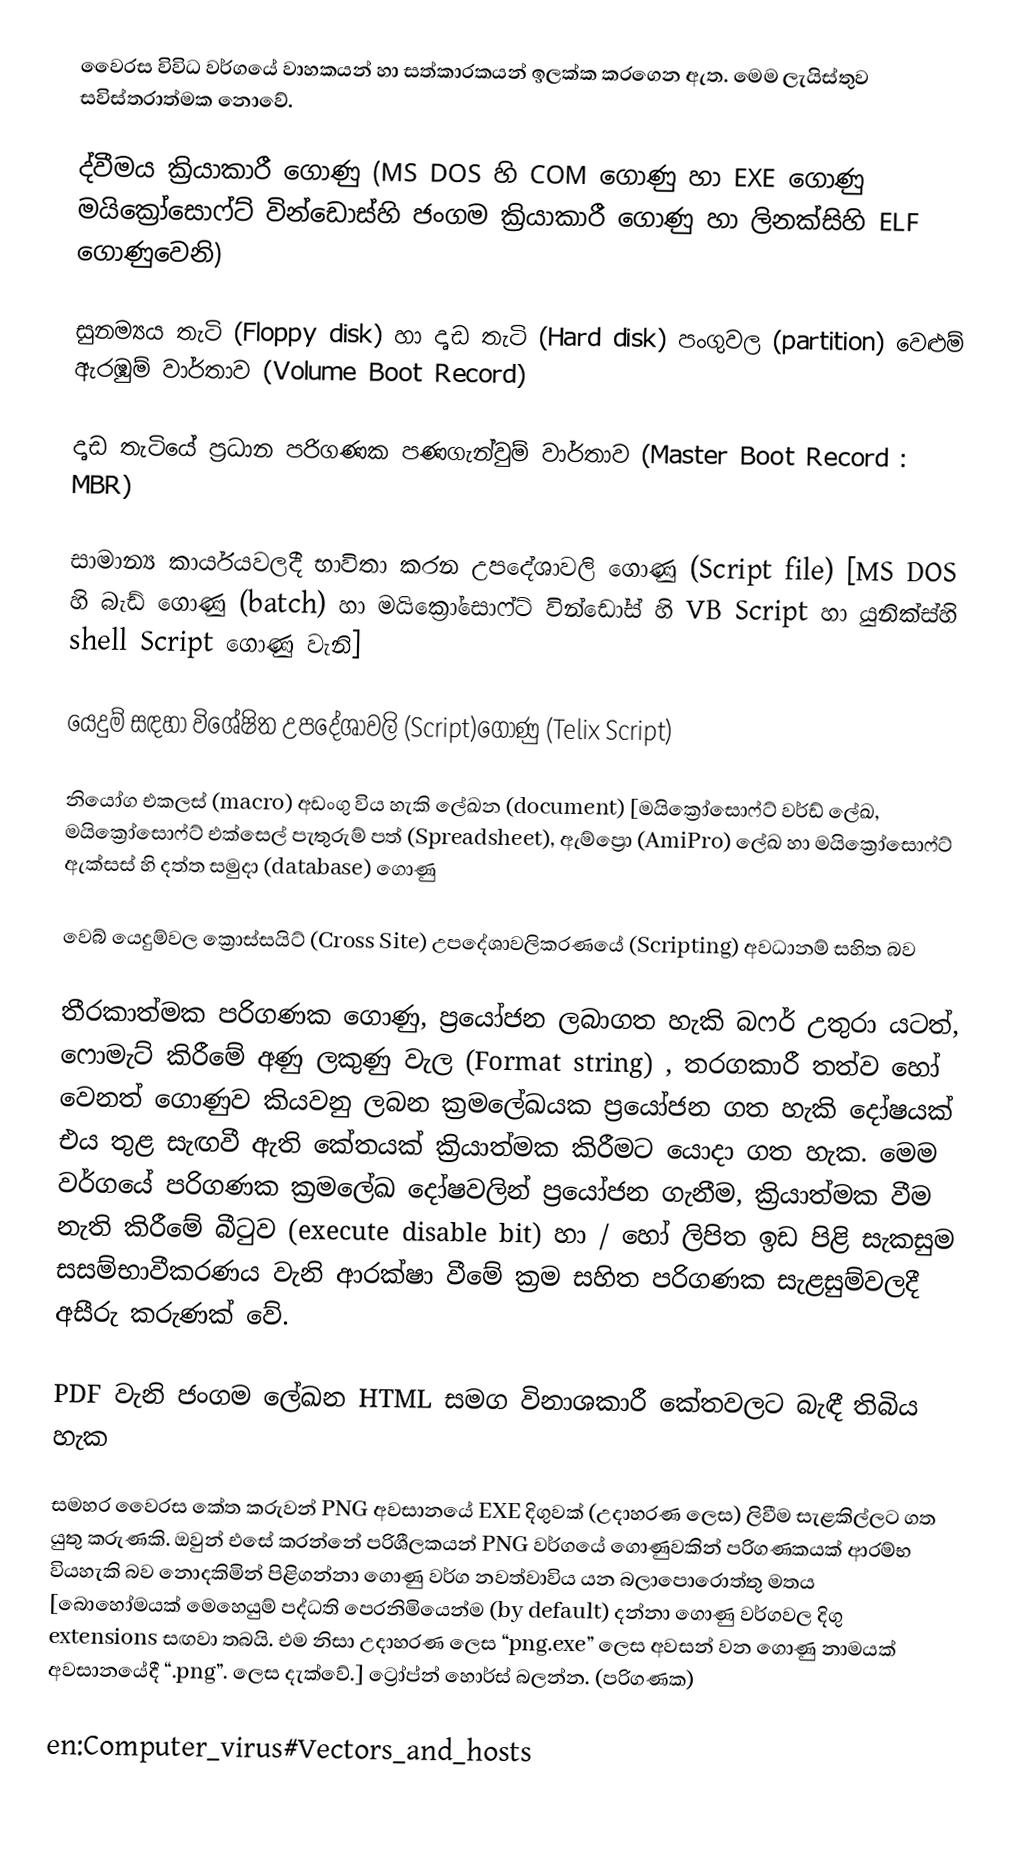
වෛරස විවිධ වර්ගයේ වාහකයන් හා සත්කාරකයන් ඉලක්ක කරගෙන ඇත. මෙම ලැයිස්තුව සවිස්තරාත්මක නොවේ.

	ද්වීමය ක්‍රියාකාරී ගොණු (MS DOS හි COM ගොණු හා EXE ගොණු මයික්‍රෝසොෆ්ට් වින්ඩොස්හි ජංගම ක්‍රියාකාරී ගොණු හා ලිනක්සිහි  ELF ගොණුවෙනි)

	සුනම්‍යය තැටි (Floppy disk) හා දෘඩ තැටි (Hard disk) පංගුවල (partition)  වෙළුම් ඇරඹුම් වාර්තාව (Volume Boot Record)

	දෘඩ තැටියේ ප්‍රධාන පරිගණක පණගැන්වුම් වාර්තාව (Master Boot Record : MBR)

	සාමාන්‍ය කාර්යයවලදී භාවිතා කරන උපදේශාවලි ගොණු (Script file) [MS DOS හි බැඩ් ගොණු (batch) හා මයික්‍රෝසොෆ්ට් වින්ඩෝස් හි  VB Script හා යුනික්ස්හි shell Script ගොණු වැනි]

	යෙදුම් සඳහා විශේෂිත උපදේශාවලි (Script)ගොණු (Telix Script)

	නියෝග එකලස් (macro) අඩංගු විය හැකි ලේඛන (document) [මයික්‍රෝසොෆ්ට් වර්ඩ් ලේඛ, මයික්‍රෝසොෆ්ට් එක්සෙල් පැතුරුම් පත් (Spreadsheet), ඇම්ප්‍රො (AmiPro) ලේඛ හා මයික්‍රෝසොෆ්ට් ඇක්සස් හි දත්ත සමුදා (database) ගොණු

	වෙබ් යෙදුම්වල ක්‍රොස්සයිට් (Cross Site) උපදේශාවලිකරණයේ (Scripting) අවධානම් සහිත බව

	තීරකාත්මක පරිගණක ගොණු, ප්‍රයෝජන ලබාගත හැකි බෆර් උතුරා යටත්, ෆොමැට් කිරීමේ අණු ලකුණු වැල (Format string) , තරගකාරී තත්ව හෝ වෙනත් ගොණුව කියවනු ලබන ක්‍රමලේඛයක ප්‍රයෝජන ගත හැකි දෝෂයක් එය තුළ සැඟවී ඇති කේතයක් ක්‍රියාත්මක කිරීමට යොදා ගත හැක. මෙම වර්ගයේ පරිගණක ක්‍රමලේඛ දෝෂවලින් ප්‍රයෝජන ගැනීම, ක්‍රියාත්මක වීම නැති කිරීමේ බීටුව (execute disable bit) හා / හෝ ලිපිත ඉඩ පිළි සැකසුම සසම්භාවීකරණය වැනි ආරක්ෂා වීමේ ක්‍රම සහිත පරිගණක සැළසුම්වලදී අසීරු කරුණක් වේ.

PDF වැනි ජංගම ලේඛන HTML සමග විනාශකාරී කේතවලට බැඳී තිබිය හැක

සමහර වෛරස කේත කරුවන් PNG අවසානයේ EXE දිගුවක් (උදාහරණ ලෙස) ලිවීම සැළකිල්ලට ගත යුතු කරුණකි. ඔවුන් එසේ කර‍න්නේ පරිශීලකයන් PNG වර්ගයේ ගොණුවකින් පරිගණකයක් ආරම්භ වියහැකි බව නොදකිමින් පිළිගන්නා ගොණු වර්ග නවත්වාවිය යන බලාපොරොත්තු මතය [බොහෝමයක් මෙහෙයුම් පද්ධති පෙරනිමියෙන්ම (by default) දන්නා ගොණු වර්ගවල දිගු extensions සඟවා තබයි. එම නිසා උදාහරණ ලෙස “png.exe” ලෙස අවසන් වන ගොණු නාමයක් අවසානයේදී “.png”. ලෙස දැක්වේ.] ට්‍රෝප්න් හොර්ස් බලන්න. (පරිගණක)

en:Computer_virus#Vectors_and_hosts